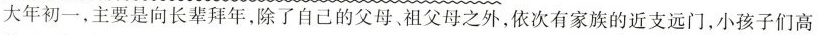
大年初一，主要是向长辈拜年，除了自己的父母、祖父母之外，依次有家族的近支远门，小孩子们高